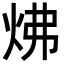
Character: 炥